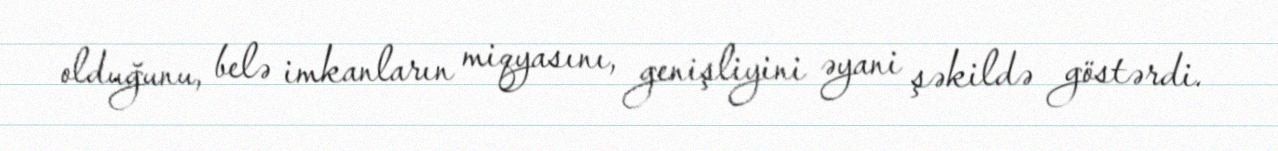
olduğunu, belə imkanların miqyasını, genişliyini əyani şəkildə göstərdi.